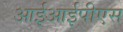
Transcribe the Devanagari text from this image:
आईआईपीएस